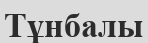
Тұнбалы